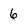
Character: 6